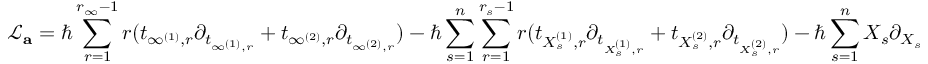
\mathcal { L } _ { \mathbf { a } } = \hbar \sum _ { r = 1 } ^ { r _ { \infty } - 1 } r ( t _ { \infty ^ { ( 1 ) } , r } \partial _ { t _ { \infty ^ { ( 1 ) } , r } } + t _ { \infty ^ { ( 2 ) } , r } \partial _ { t _ { \infty ^ { ( 2 ) } , r } } ) - \hbar \sum _ { s = 1 } ^ { n } \sum _ { r = 1 } ^ { r _ { s } - 1 } r ( t _ { X _ { s } ^ { ( 1 ) } , r } \partial _ { t _ { X _ { s } ^ { ( 1 ) } , r } } + t _ { X _ { s } ^ { ( 2 ) } , r } \partial _ { t _ { X _ { s } ^ { ( 2 ) } , r } } ) - \hbar \sum _ { s = 1 } ^ { n } X _ { s } \partial _ { X _ { s } }